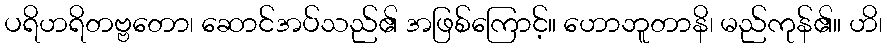
ပရိဟရိတဗ္ဗတော၊ ဆောင်အပ်သည်၏ အဖြစ်ကြောင့်။ ဟောဘူတာနိ၊ မည်ကုန်၏။ ဟိ၊